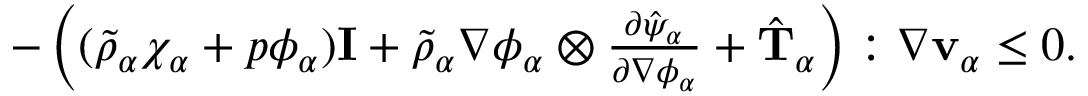
\begin{array} { r } { - \left( ( \tilde { \rho } _ { \alpha } \chi _ { \alpha } + p \phi _ { \alpha } ) \mathbf { I } + \tilde { \rho } _ { \alpha } \nabla \phi _ { \alpha } \otimes \frac { \partial \hat { \psi } _ { \alpha } } { \partial \nabla \phi _ { \alpha } } + \hat { \mathbf { T } } _ { \alpha } \right) : \nabla \mathbf { v } _ { \alpha } \leq 0 . } \end{array}